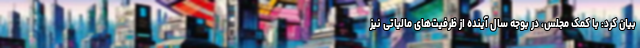
بیان کرد: با کمک مجلس، در بوجه سال آینده از ظرفیت‌های مالیاتی نیز